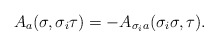
\begin{align*}A_a(\sigma,\sigma_i\tau)=-A_{\sigma_ia}(\sigma_i\sigma,\tau).\end{align*}